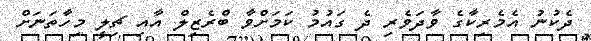
ދެކުނު އެމެރިކާގެ ވާދަވެރި ދެ ގައުމު ކަމަށްވާ ބްރެޒިލް އާއި ޗިލީ މިހާތަނަށް